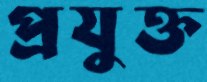
প্রযুক্ত